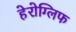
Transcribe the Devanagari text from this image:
हेरोग्लिफ